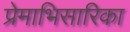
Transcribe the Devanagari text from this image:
प्रेमाभिसारिका